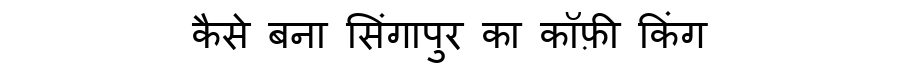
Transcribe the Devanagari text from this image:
कैसे बना सिंगापुर का कॉफ़ी किंग